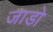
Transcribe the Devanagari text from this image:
जाडो